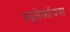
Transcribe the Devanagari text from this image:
क्यूबेकॉयस